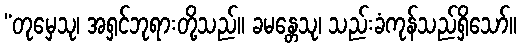
“တုမှေသု၊ အရှင်ဘုရားတို့သည်။ ခမန္တေသု၊ သည်းခံကုန်သည်ရှိသော်။